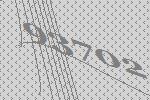
93702